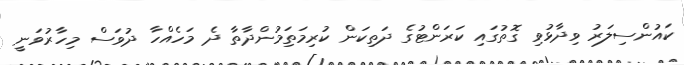
ކައުންސިލަރު ވިދާޅުވި ގޮތުގައި ކަރަންޓުގެ ދަތިކަން ކުރިމަތިަމުންދާތާ ދެ މަހެއްހާ ދުވަސް މިހާރުވަނީ